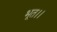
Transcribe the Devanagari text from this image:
भूत।।